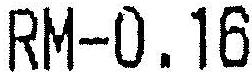
RM-0.16